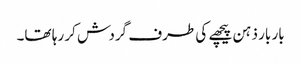
بار بار ذہن پیچھے کی طرف گردش کر رہا تھا۔